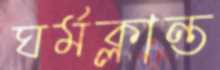
ঘর্মক্লান্ত